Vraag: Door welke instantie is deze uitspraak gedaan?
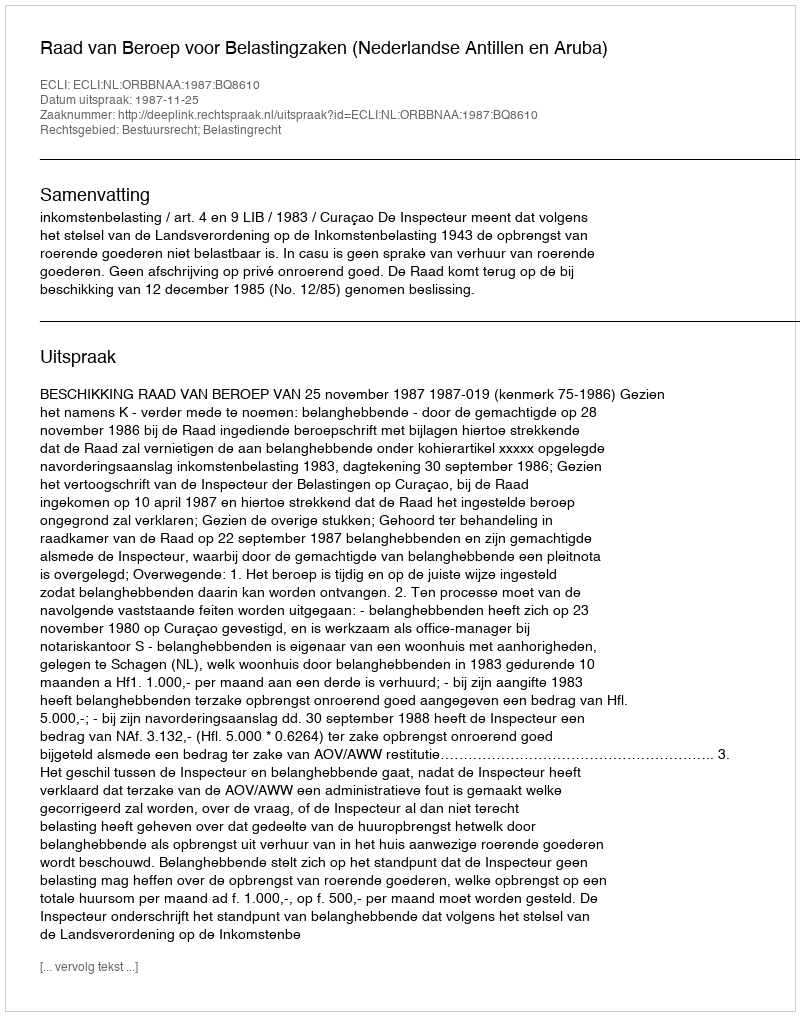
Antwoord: Raad van Beroep voor Belastingzaken (Nederlandse Antillen en Aruba)